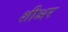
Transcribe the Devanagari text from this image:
शीअर